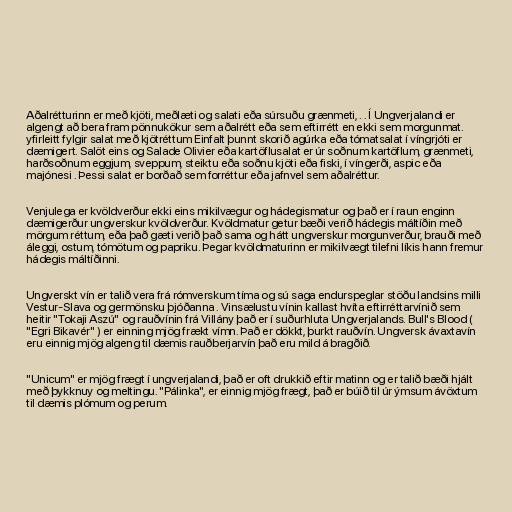
Aðalrétturinn er með kjöti, meðlæti og salati eða súrsuðu grænmeti, . . Í Ungverjalandi er
algengt að bera fram pönnukökur sem aðalrétt eða sem eftirrétt en ekki sem morgunmat.
yfirleitt fylgir salat með kjötréttum Einfalt þunnt skorið agúrka eða tómatsalat í víngrjóti er
dæmigert. Salöt eins og Salade Olivier eða kartöflusalat er úr soðnum kartöflum, grænmeti,
harðsoðnum eggjum, sveppum, steiktu eða soðnu kjöti eða fiski, í víngerði, aspic eða
majónesi . Þessi salat er borðað sem forréttur eða jafnvel sem aðalréttur.

Venjulega er kvöldverður ekki eins mikilvægur og hádegismatur og það er í raun enginn
dæmigerður ungverskur kvöldverður. Kvöldmatur getur bæði verið hádegis máltíðin með
mörgum réttum, eða það gæti verið það sama og hátt ungverskur morgunverður, brauði með
áleggi, ostum, tómötum og papriku. Þegar kvöldmaturinn er mikilvægt tilefni líkis hann fremur
hádegis máltíðinni.

Ungverskt vín er talið vera frá rómverskum tíma og sú saga endurspeglar stöðu landsins milli
Vestur-Slava og germönsku þjóðanna . Vinsælustu vínin kallast hvíta eftirréttarvínið sem
heitir "Tokaji Aszú" og rauðvínin frá Villány það er í suðurhluta Ungverjalands. Bull's Blood (
"Egri Bikavér" ) er einning mjög frækt vímn. Það er dökkt, þurkt rauðvín. Ungversk ávaxtavín
eru einnig mjög algeng til dæmis rauðberjarvín það eru mild á bragðið.

"Unicum" er mjög frægt í ungverjalandi, það er oft drukkið eftir matinn og er talið bæði hjált
með þykknuy og meltingu. "Pálinka", er einnig mjög frægt, það er búið til úr ýmsum ávöxtum
til dæmis plómum og perum.